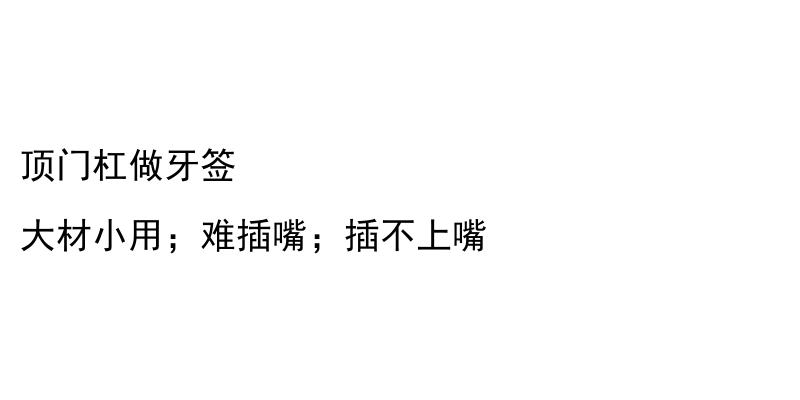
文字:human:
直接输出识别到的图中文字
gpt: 顶门杠做牙签 大材小用；难插嘴；插不上嘴